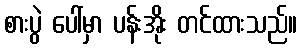
စားပွဲ ပေါ်မှာ ပန်းအိုး တင်ထားသည်။